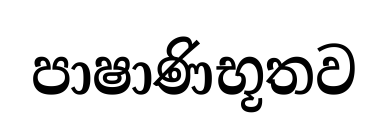
පාෂාණිභූතව